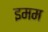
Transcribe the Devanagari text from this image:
इमम